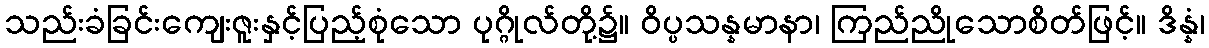
သည်းခံခြင်းကျေးဇူးနှင့်ပြည့်စုံသော ပုဂ္ဂိုလ်တို့၌။ ဝိပ္ပသန္နမာနာ၊ ကြည်ညိုသောစိတ်ဖြင့်။ ဒိန္နံ၊